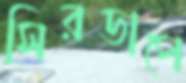
সিরডাপে